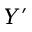
Y ^ { \prime }